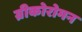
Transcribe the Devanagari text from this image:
ग्रीकोरोमन